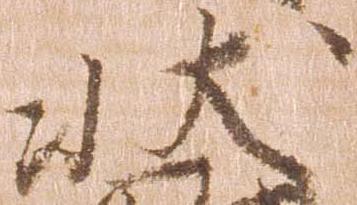
状